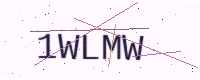
Text: 1WLMW